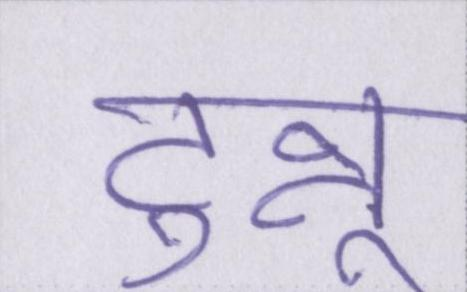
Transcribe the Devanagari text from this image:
टुन्नू